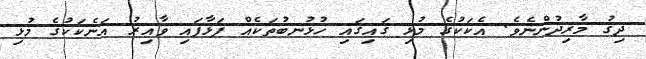
ދިގު މާރިދުންނެވެ. އެކަކުގެ މުޅި ގައިގައި ހުޅުނބުތަކެއް ފަޅާފައި ވާއިރު އަނެކަކުގެ މުޅި